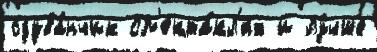
одува́нчик сп'екта́кл'ях и лу́чше